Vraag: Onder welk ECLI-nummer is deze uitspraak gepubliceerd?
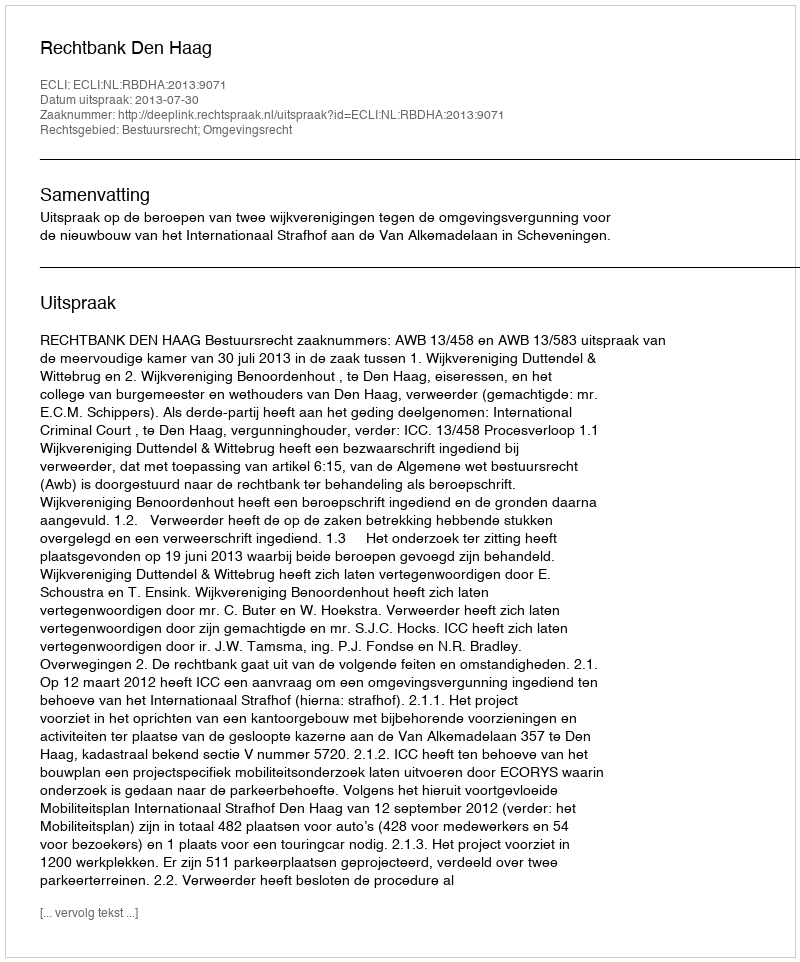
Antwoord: ECLI:NL:RBDHA:2013:9071